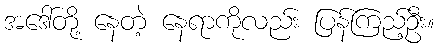
အဒေါ်တို့ နေတဲ့ နေရာကိုလည်း ပြန်ကြည့်ဦး။